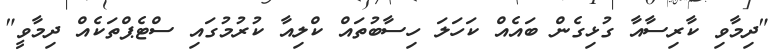
"ދިމާވި ކާރިސާއާ ގުޅިގެން ބައެއް ކަހަލަ ހިސާބުތައް ކްލިއާ ކުރުމުގައި ސްޓެޕްތަކެއް ދިމާވީ"